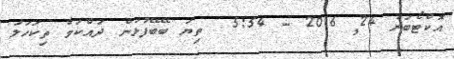
އޮކްޓޯބަރު 24